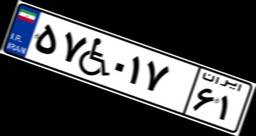
۵۷W۰۱۷۶۱